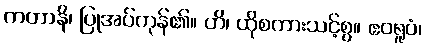
ကတာနိ၊ ပြုအပ်ကုန်၏။ ဟိ၊ ထိုစကားသင့်စွ။ ဧဝရူပံ၊